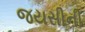
જયસીની